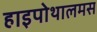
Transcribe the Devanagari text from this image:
हाइपोथालमस